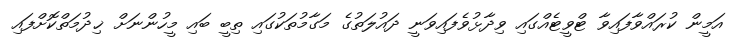
އަމީން ކުރައްވާފައިވާ ޓްވީޓެއްގައި ވިދާޅުވެފައިވަނީ ދައުލަތުގެ މަގާމުތަކުގައި ތިބީ ބައި މީހުންނަށް ޚިދުމަތްކޮށްފައި